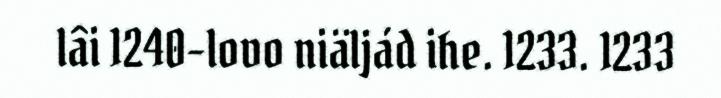
lâi 1240-lovo niäljád ihe. 1233. 1233